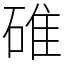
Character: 碓